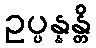
ဥပ္ပန္နန္တိ